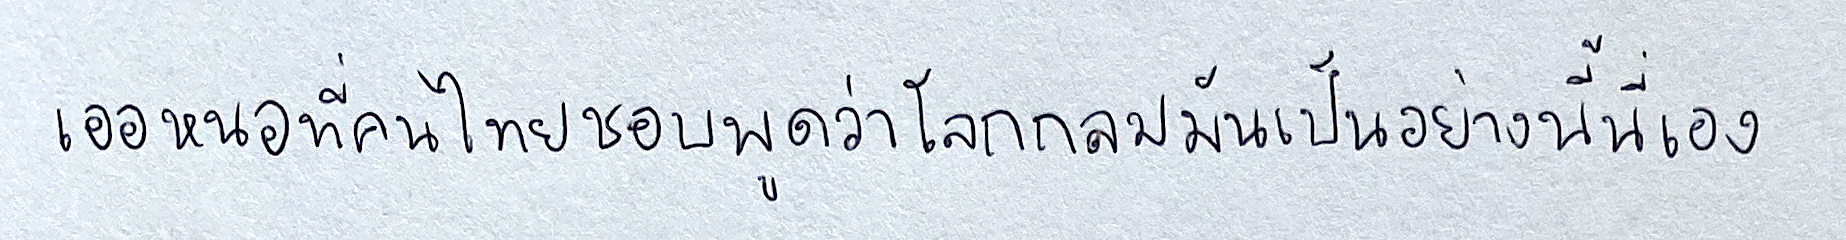
เออหนอที่คนไทยชอบพูดว่าโลกกลมมันเป็นอย่างนี้เอง